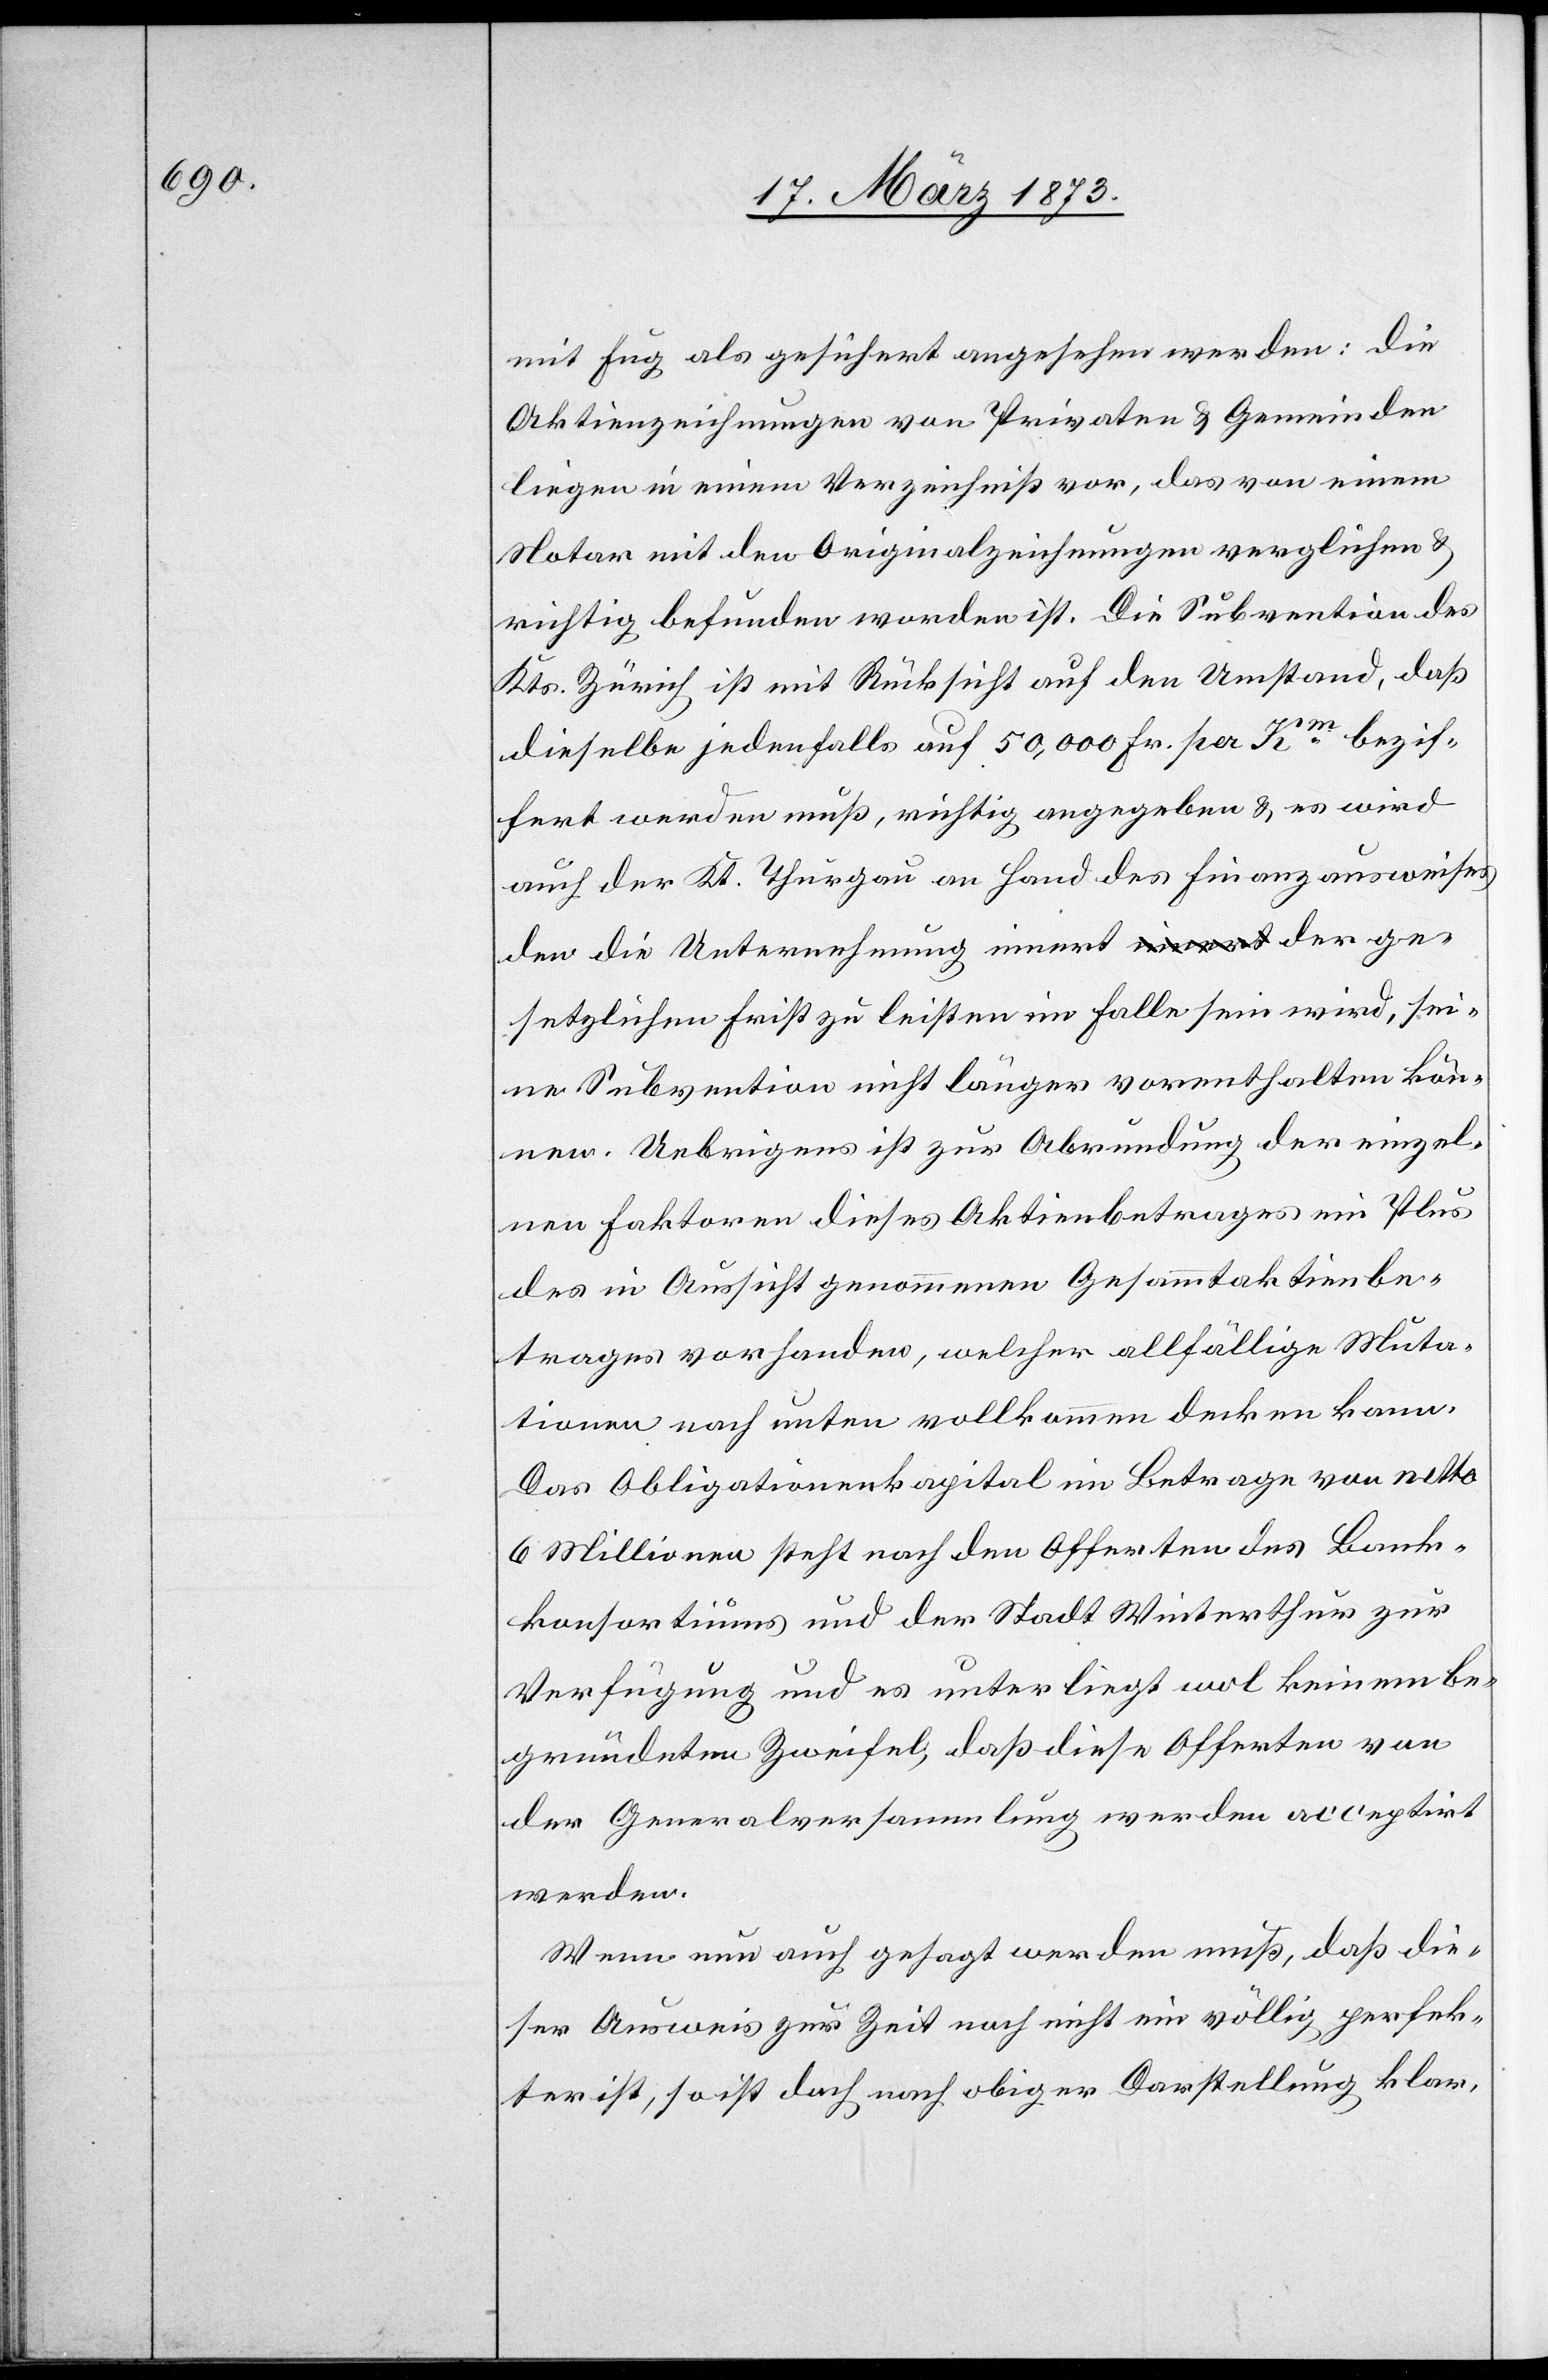
mit Fug als gesichert angesehen werden: die
Aktienzeichnungen von Privaten u. Gemeinden
liegen in einem Verzeichniß vor, das von einem
Notar mit den Originalzeichnungen verglichen u.
richtig befunden worden ist. Die Subvention des
Kts. Zürich ist mit Rücksicht auf den Umstand, daß
dieselbe jedenfalls auf 50,000 Fr. per Km bezif¬
fert werden muß, richtig angegeben u. es wird
auch der Kt. Thurgau an Hand des Finanzausweises
den die Unternehmung innert der ge¬
setzlichen Frist zu leisten im Falle sein wird, sei¬
ne Subvention nicht länger vorenthalten kön¬
nen. Uebrigens ist zur Abrundung der einzel¬
nen Faktoren dieses Aktienbetrages ein Plus
des in Aussicht genommenen Gesammtaktienbe¬
trages vorhanden, welcher allfällige Muta¬
tionen nach unten vollkommen decken kann.
Das Obligationenkapital im Betrag von netto
6 Millionen steht nach den Offerten des Bank¬
konsortiums und der Stadt Winterthur zur
Verfügung und es unterliegt wol keinem be¬
gründeten Zweifel, daß diese Offerten von
der Generalversammlung werden acceptirt
werden.
Wenn nun auch gesagt werden muß, daß die¬
ser Ausweis zur Zeit noch nicht ein völlig perfek¬
ter ist, so ist doch nach obiger Darstellung klar,